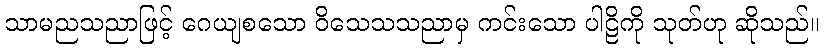
သာမညသညာဖြင့် ဂေယျစသော ဝိသေသသညာမှ ကင်းသော ပါဠိကို သုတ်ဟု ဆိုသည်။